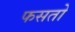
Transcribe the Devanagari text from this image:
फसतो